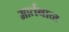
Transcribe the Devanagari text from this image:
मार्तबान